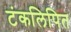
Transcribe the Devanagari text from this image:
टंकलिपित